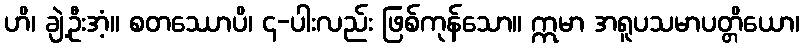
ဟိ၊ ချဲ့ဦးအံ့။ စတဿောပိ၊ ၄-ပါးလည်း ဖြစ်ကုန်သော။ ဣမာ အရူပသမာပတ္တိယော၊